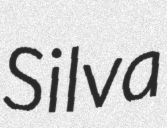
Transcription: Silva